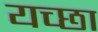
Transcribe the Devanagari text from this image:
यच्छा